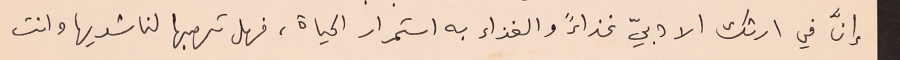
إنَّ في ارثك الادبيّ غذاءً والغذاء به استمرار الحياة، فهل تهبها لناشديها وانت